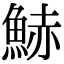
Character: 𩷧